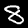
Label: 8